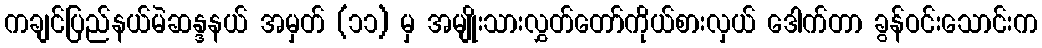
ကချင်ပြည်နယ်မဲဆန္ဒနယ် အမှတ် (၁၁) မှ အမျိုးသားလွှတ်တော်ကိုယ်စားလှယ် ဒေါက်တာ ခွန်ဝင်းသောင်းက